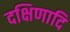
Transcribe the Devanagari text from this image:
दक्षिणादि